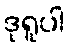
ဒုရူပါ